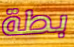
بطة